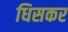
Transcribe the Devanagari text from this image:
धिसकर